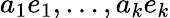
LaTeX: a_{1}e_{1},\ldots,a_{k}e_{k}